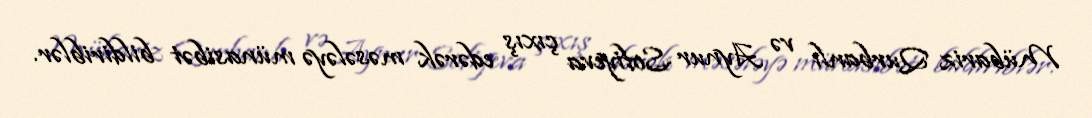
Mübariz Qurbanlı və Aynur Sofiyeva çıxış edərək məsələyə münasibət bildiriblər.